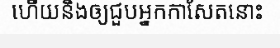
ហើយនិងឲ្យជួបអ្នកកាសែតនោះ